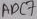
Text: ADC7